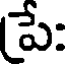
పే: